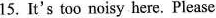
15.It's too noisy here.Plese